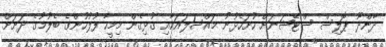
ދާންދޫ ޕޮލިސް ސްޓޭޝަނަށް ހުށަހެޅުނު މައްސަލައަކާއި ގުޅިގެން މިމީހާ ފުލުހުންގެ ބެލުމުގެ ދަށަށް